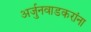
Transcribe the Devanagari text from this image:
अर्जुनवाडकरांना